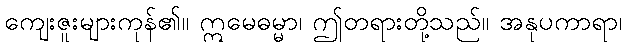
ကျေးဇူးများကုန်၏။ ဣမေဓမ္မာ၊ ဤတရားတို့သည်။ အနုပကာရာ၊